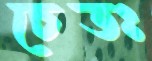
চেতঃ